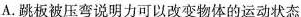
A.跳板被压弯说明力可以改变物体的运动状态